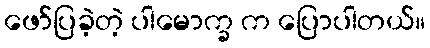
ဖော်ပြခဲ့တဲ့ ပါမောက္ခ က ပြောပါတယ်။